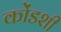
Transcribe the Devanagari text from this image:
कोंडशी